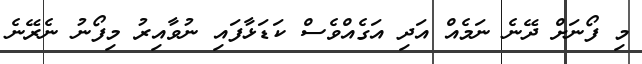
މި ފޯނަށް ދޭނެ ނަމެއް އަދި އަގެއްވެސް ކަޑަޅާފައި ނުވާއިރު މިފޯނު ނެރޭނެ